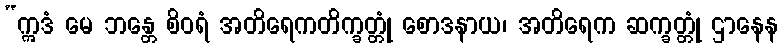
“ဣဒံ မေ ဘန္တေ စိဝရံ အတိရေကတိက္ခတ္တုံ စောဒနာယ၊ အတိရေက ဆက္ခတ္တုံ ဌာနေန